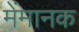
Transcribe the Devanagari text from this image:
मेंमानक